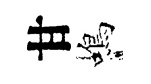
甘蝎